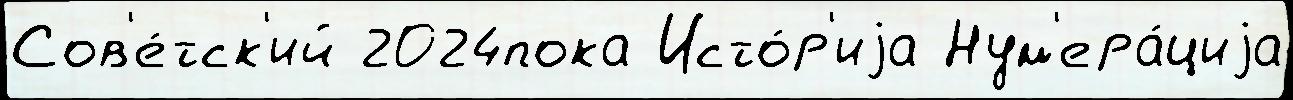
Сов'е́тск'ий 2024пока Исто́р'иjа Нум'ера́циjа